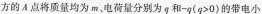
方的A点将质量均为m，电荷量分别为q和-q(q>0)的带电小